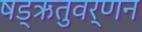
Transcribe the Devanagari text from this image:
षड्‌ऋतुवर्णन